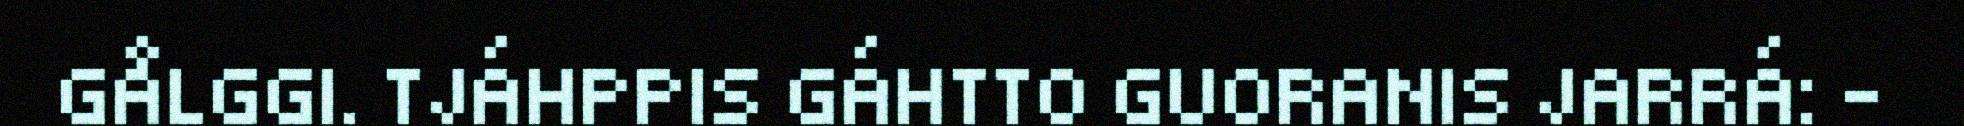
GÅLGGI. TJÁHPPIS GÁHTTO GUORANIS JARRÁ: –